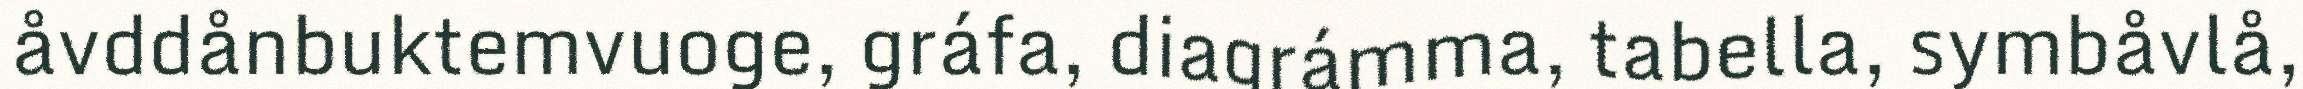
åvddånbuktemvuoge, gráfa, diagrámma, tabella, symbåvlå,